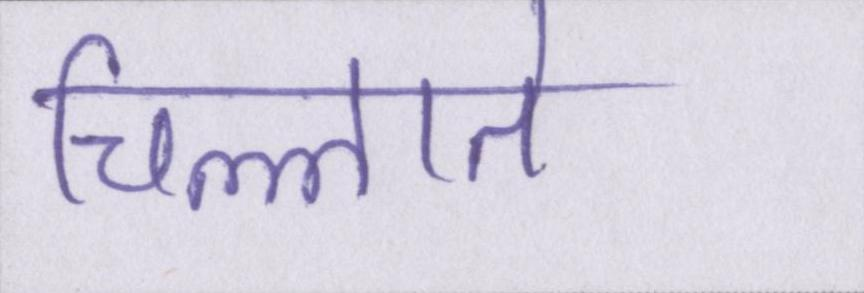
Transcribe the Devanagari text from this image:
चिल्लाते